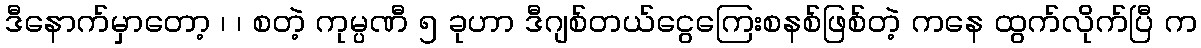
ဒီနောက်မှာတော့ ၊ ၊ စတဲ့ ကုမ္ပဏီ ၅ ခုဟာ ဒီဂျစ်တယ်ငွေကြေးစနစ်ဖြစ်တဲ့ ကနေ ထွက်လိုက်ပြီ က